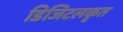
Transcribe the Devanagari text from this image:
डिजिटलकृत